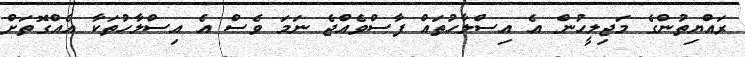
ރައްޔިތުންގެ މަޖިލީހުން އެ އިސްލާހުތައް ފާސްވެއްޖެ ނަމަ ވެސް އެ އިސްލާހުތަކާ އެއްގޮތަށް